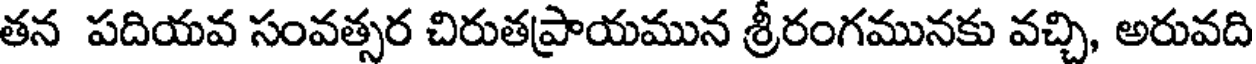
తన పదియవ సంవత్సర చిరుతప్రాయమున శ్రీరంగమునకు వచ్చి, అరువది